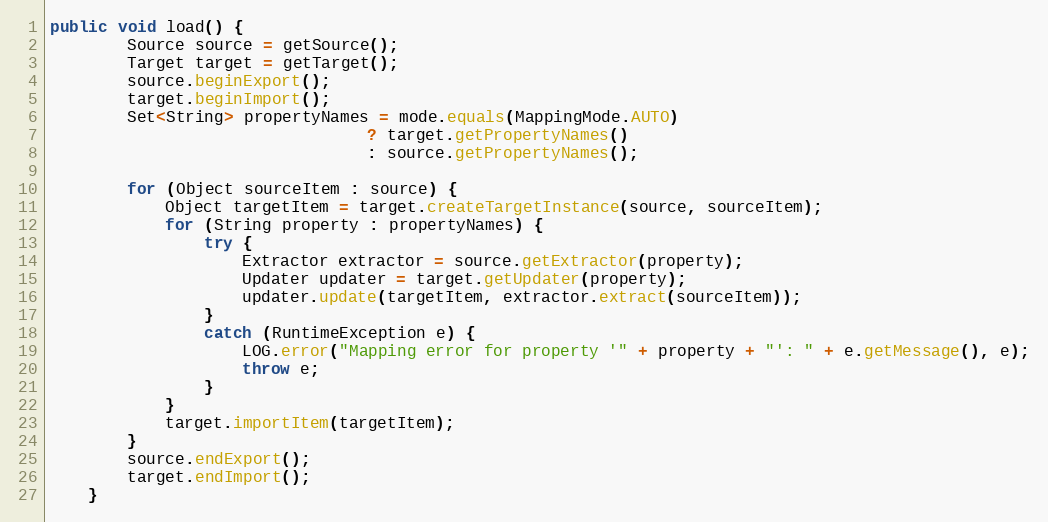
Language: Java
public void load() {
        Source source = getSource();
        Target target = getTarget();
        source.beginExport();
        target.beginImport();
        Set<String> propertyNames = mode.equals(MappingMode.AUTO)
                                 ? target.getPropertyNames()
                                 : source.getPropertyNames();

        for (Object sourceItem : source) {
            Object targetItem = target.createTargetInstance(source, sourceItem);
            for (String property : propertyNames) {
                try {
                    Extractor extractor = source.getExtractor(property);
                    Updater updater = target.getUpdater(property);
                    updater.update(targetItem, extractor.extract(sourceItem));
                }
                catch (RuntimeException e) {
                    LOG.error("Mapping error for property '" + property + "': " + e.getMessage(), e);
                    throw e;
                }
            }
            target.importItem(targetItem);
        }
        source.endExport();
        target.endImport();
    }